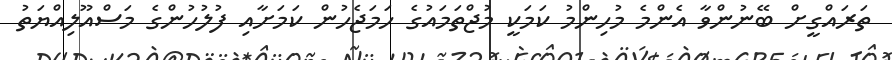
ތަރައްގީށް ބޭނުންވާ އެންމެ މުހިންމު ކަމަކީ މުޖްތަމައުގެ ހަމަޖެހުން ކަމަށާއި ފުލުހުންގެ މަސްއޫލިއްޔަތު